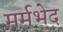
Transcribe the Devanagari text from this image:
मर्मभेद